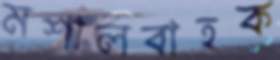
মশালবাহক